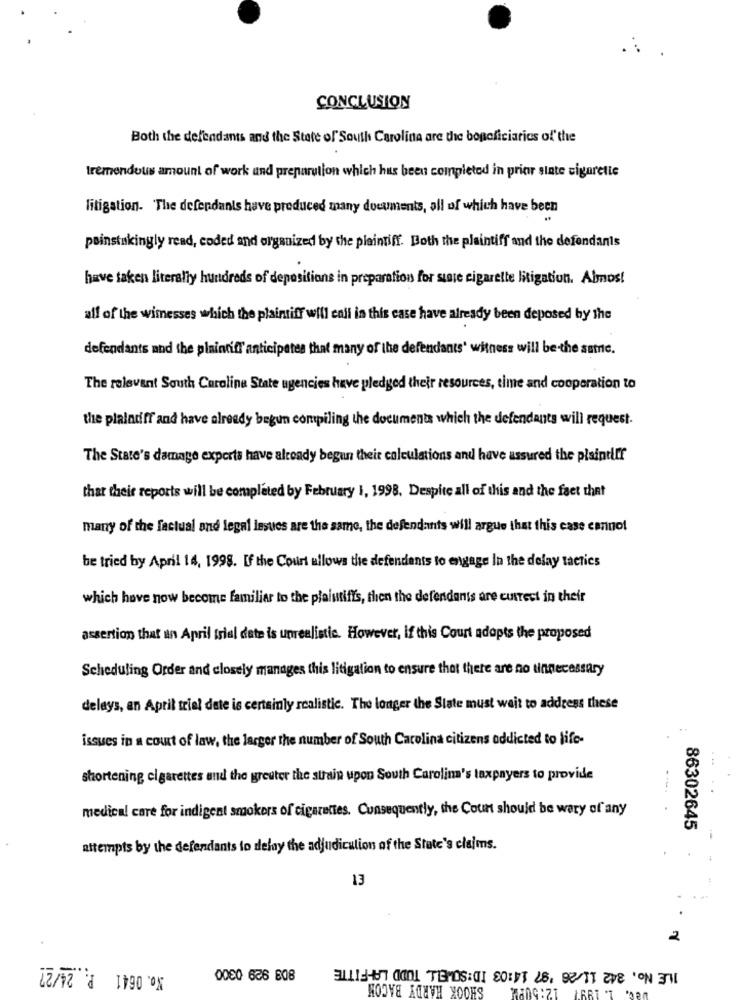
CONCLUSION
Both the defendants and the State of South Carolina are the beneficiaries of the
tremendous amount of work und preparution which has been completed in prior sinte cigarette
litigation. The defendants have produced many documents, all of which have been
painstakingly read, coded and organized by the plaintiff. Both the plaintiff and the defendants
have taken literally hundreds of depositions in preparation for stete cigarette litigation. Almost
alf of the wimesses which the plaintiff will enil in this case have already been deposed by the
defendants and the plaintiff anticipates that many of the defendants' witness will be the same.
The relevant South Carolina State agencies have pledged their resources, time and cooperation to
the plaintiff and have already begun compiling the documents which the defendants will request.
The State's damage experts have already begun their calculations and have assured the plaintiff
that their reports will be completed by February 1, 1998. Despite all of this and the fact that
many of the factual and legal lesues are the same, the defendants will argue that this case cannot
be tried by April 14, 1998. If the Court allows the defendants to engage In the delay tactics
which have now become familiar to the plaintiffs, then the defendants are cuirest in their
assertion that an April frial date is unrealistic. However, if this Court adapts the proposed
Scheduling Order and closely manages this litigation to ensure that there are no unnecessary
delays, an Aptil trial date is certainly realistic. The longer the Slate must wait to address these
issues in a court of law, the larger the number of South Carolina citizens addicted to life-
shortening cigarettes and the greuter the strain upon South Carolina's taxpayers to provide
medical care for indigent smokers of cigarettes. Consequently, the Count should be wary of any
86302645
attempts by the defendants to delay the adjudication of the State's claims.
13
.
2
No. 0641 P. 24/27
ILE No. 342 11/26 '97 14:03 ID:SOWELL TODD LAFFITTE
0000 636 608
SHOOK HARDY BACON